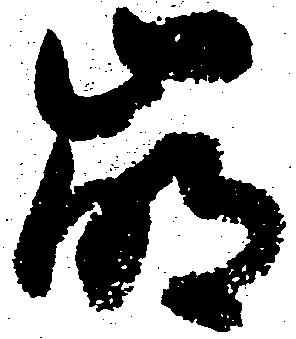
崩